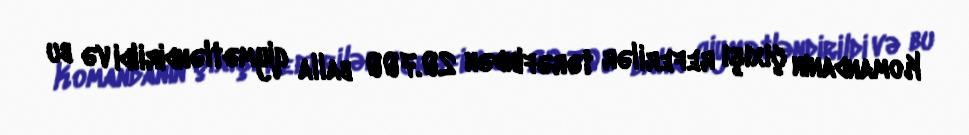
Komandanın çıxışı referilər tərəfindən 20.700 balla qiymətləndirildi və bu